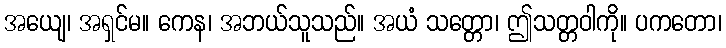
အယျေ၊ အရှင်မ။ ကေန၊ အဘယ်သူသည်။ အယံ သတ္တော၊ ဤသတ္တဝါကို။ ပကတော၊